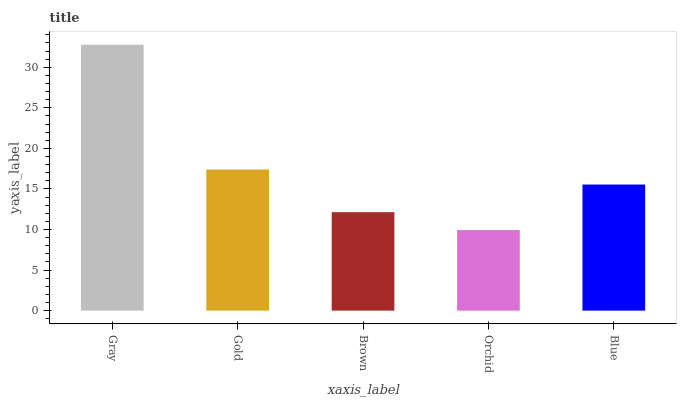
| xaxis_label | bars |
 | --- | --- |
 | Gray | 32.8 |
 | Gold | 17.4 |
 | Brown | 12.1 |
 | Orchid | 9.93 |
 | Blue | 15.5 |